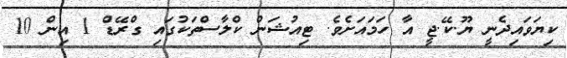
ކިޔަވައިދެނީ ޔޫ.ކޭ.ޖީ އާ ހަމައަށެވެ. ޓިއުޝަން ކްލާސްތަކުގައި ގްރޭޑް 1 އިން 10